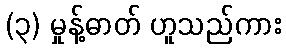
(၃) မှုန့်ဓာတ် ဟူသည်ကား